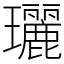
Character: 𤫟